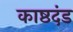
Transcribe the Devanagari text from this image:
काष्ठदंड